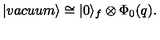
| v a c u u m \rangle \cong | 0 \rangle _ { f } \otimes \Phi _ { 0 } ( q ) .